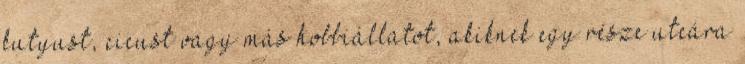
kutyust, cicust vagy más hobbiállatot, akiknek egy része utcára